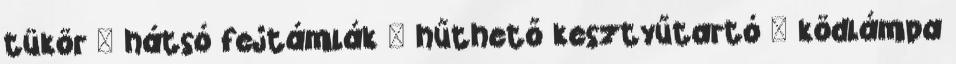
tükör – hátsó fejtámlák – hűthető kesztyűtartó – ködlámpa